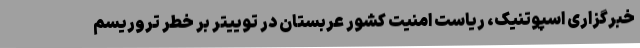
خبرگزاری اسپوتنیک، ریاست امنیت کشور عربستان در توییتر بر خطر تروریسم